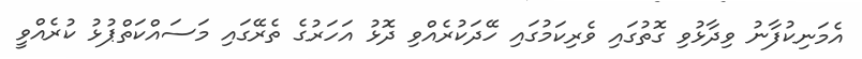
އެމަނިކުފާނު ވިދާޅުވި ގޮތުގައި ވެރިކަމުގައި ހޭދަކުރެއްވި ދޮޅު އަހަރުގެ ތެރޭގައި މަސައްކަތްޕުޅު ކުރެއްވީ